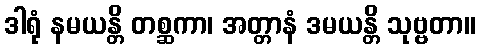
ဒါရုံ နမယန္တိ တစ္ဆကာ၊ အတ္တာနံ ဒမယန္တိ သုဗ္ဗတာ။